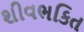
શીવભકિત